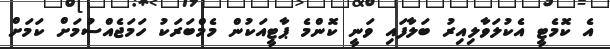
އެ ކޮމެޓީ އެކުލަވާލިއިރު ބަލާފައި ވަނީ ކޮންމެ ޕާޓީއަކުން މެމްބަރަކު ހަމަޖެއްސުމަށް ކަމަށް